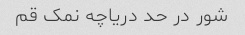
شور در حد دریاچه نمک قم